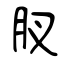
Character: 肞